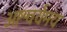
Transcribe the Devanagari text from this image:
आश्चर्यमय